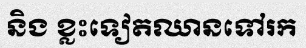
និង ខ្លះទៀតឈានទៅរក